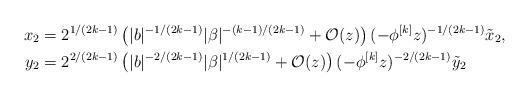
LaTeX: \begin{align*}x_2&= 2^{1/(2k-1)} \left(\vert b\vert^{-1/(2k-1)}\vert \beta\vert^{-(k-1)/(2k-1)}+\mathcal O(z)\right) (-\phi^{[k]} z)^{-1/(2k-1)} \tilde x_2,\\ y_2&= 2^{2/(2k-1)} \left(\vert b\vert^{-2/(2k-1)} \vert\beta \vert^{1/(2k-1)}+\mathcal O(z)\right) (-\phi^{[k]} z)^{-2/(2k-1)} \tilde y_2\end{align*}